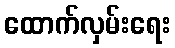
ထောက်လှမ်းရေး